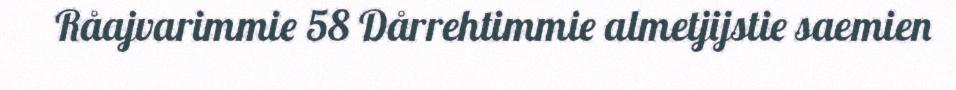
Råajvarimmie 58 Dårrehtimmie almetjijstie saemien